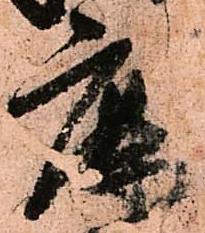
鹿